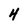
Character: 4